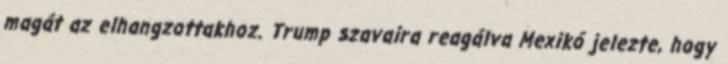
magát az elhangzottakhoz. Trump szavaira reagálva Mexikó jelezte, hogy